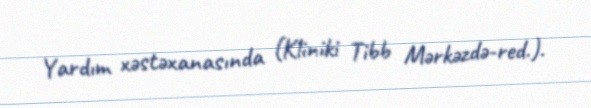
Yardım xəstəxanasında (Kliniki Tibb Mərkəzdə-red.).